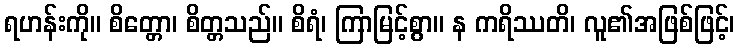
ရဟန်းကို။ စိတ္တော၊ စိတ္တသည်။ စိရံ၊ ကြာမြင့်စွာ။ န ကရိဿတိ၊ လူ၏အဖြစ်ဖြင့်၊